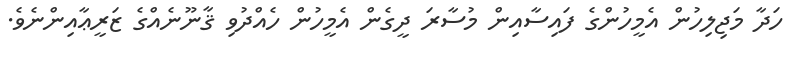
ހަދާ މަޖިލިހުން އެމީހުންގެ ފައިސާއިން މުސާރަ ދީގެން އެމީހުން ހެއްދުވި ޤާނޫނެއްގެ ޒަރީޢާއިންނެވެ.